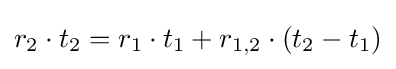
r_{2}\cdot t_{2}=r_{1}\cdot t_{1}+r_{1,2}\cdot \left(t_{2}-t_{1}\right)